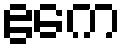
ဧကေ